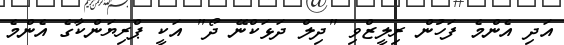
އަދި އެންމެ ފަހުން ރިލީޒްވި "ދިލް ދަޅަކްނޭ ދޯ" އަކީ ޕްރިޔަންކާގެ އެންމެ